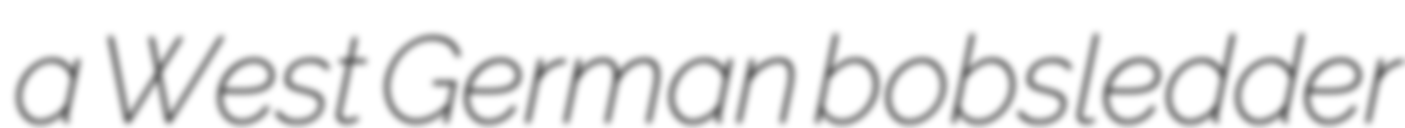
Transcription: a West German bobsledder